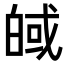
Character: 𪾀